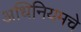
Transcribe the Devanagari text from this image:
अधिनियमचे